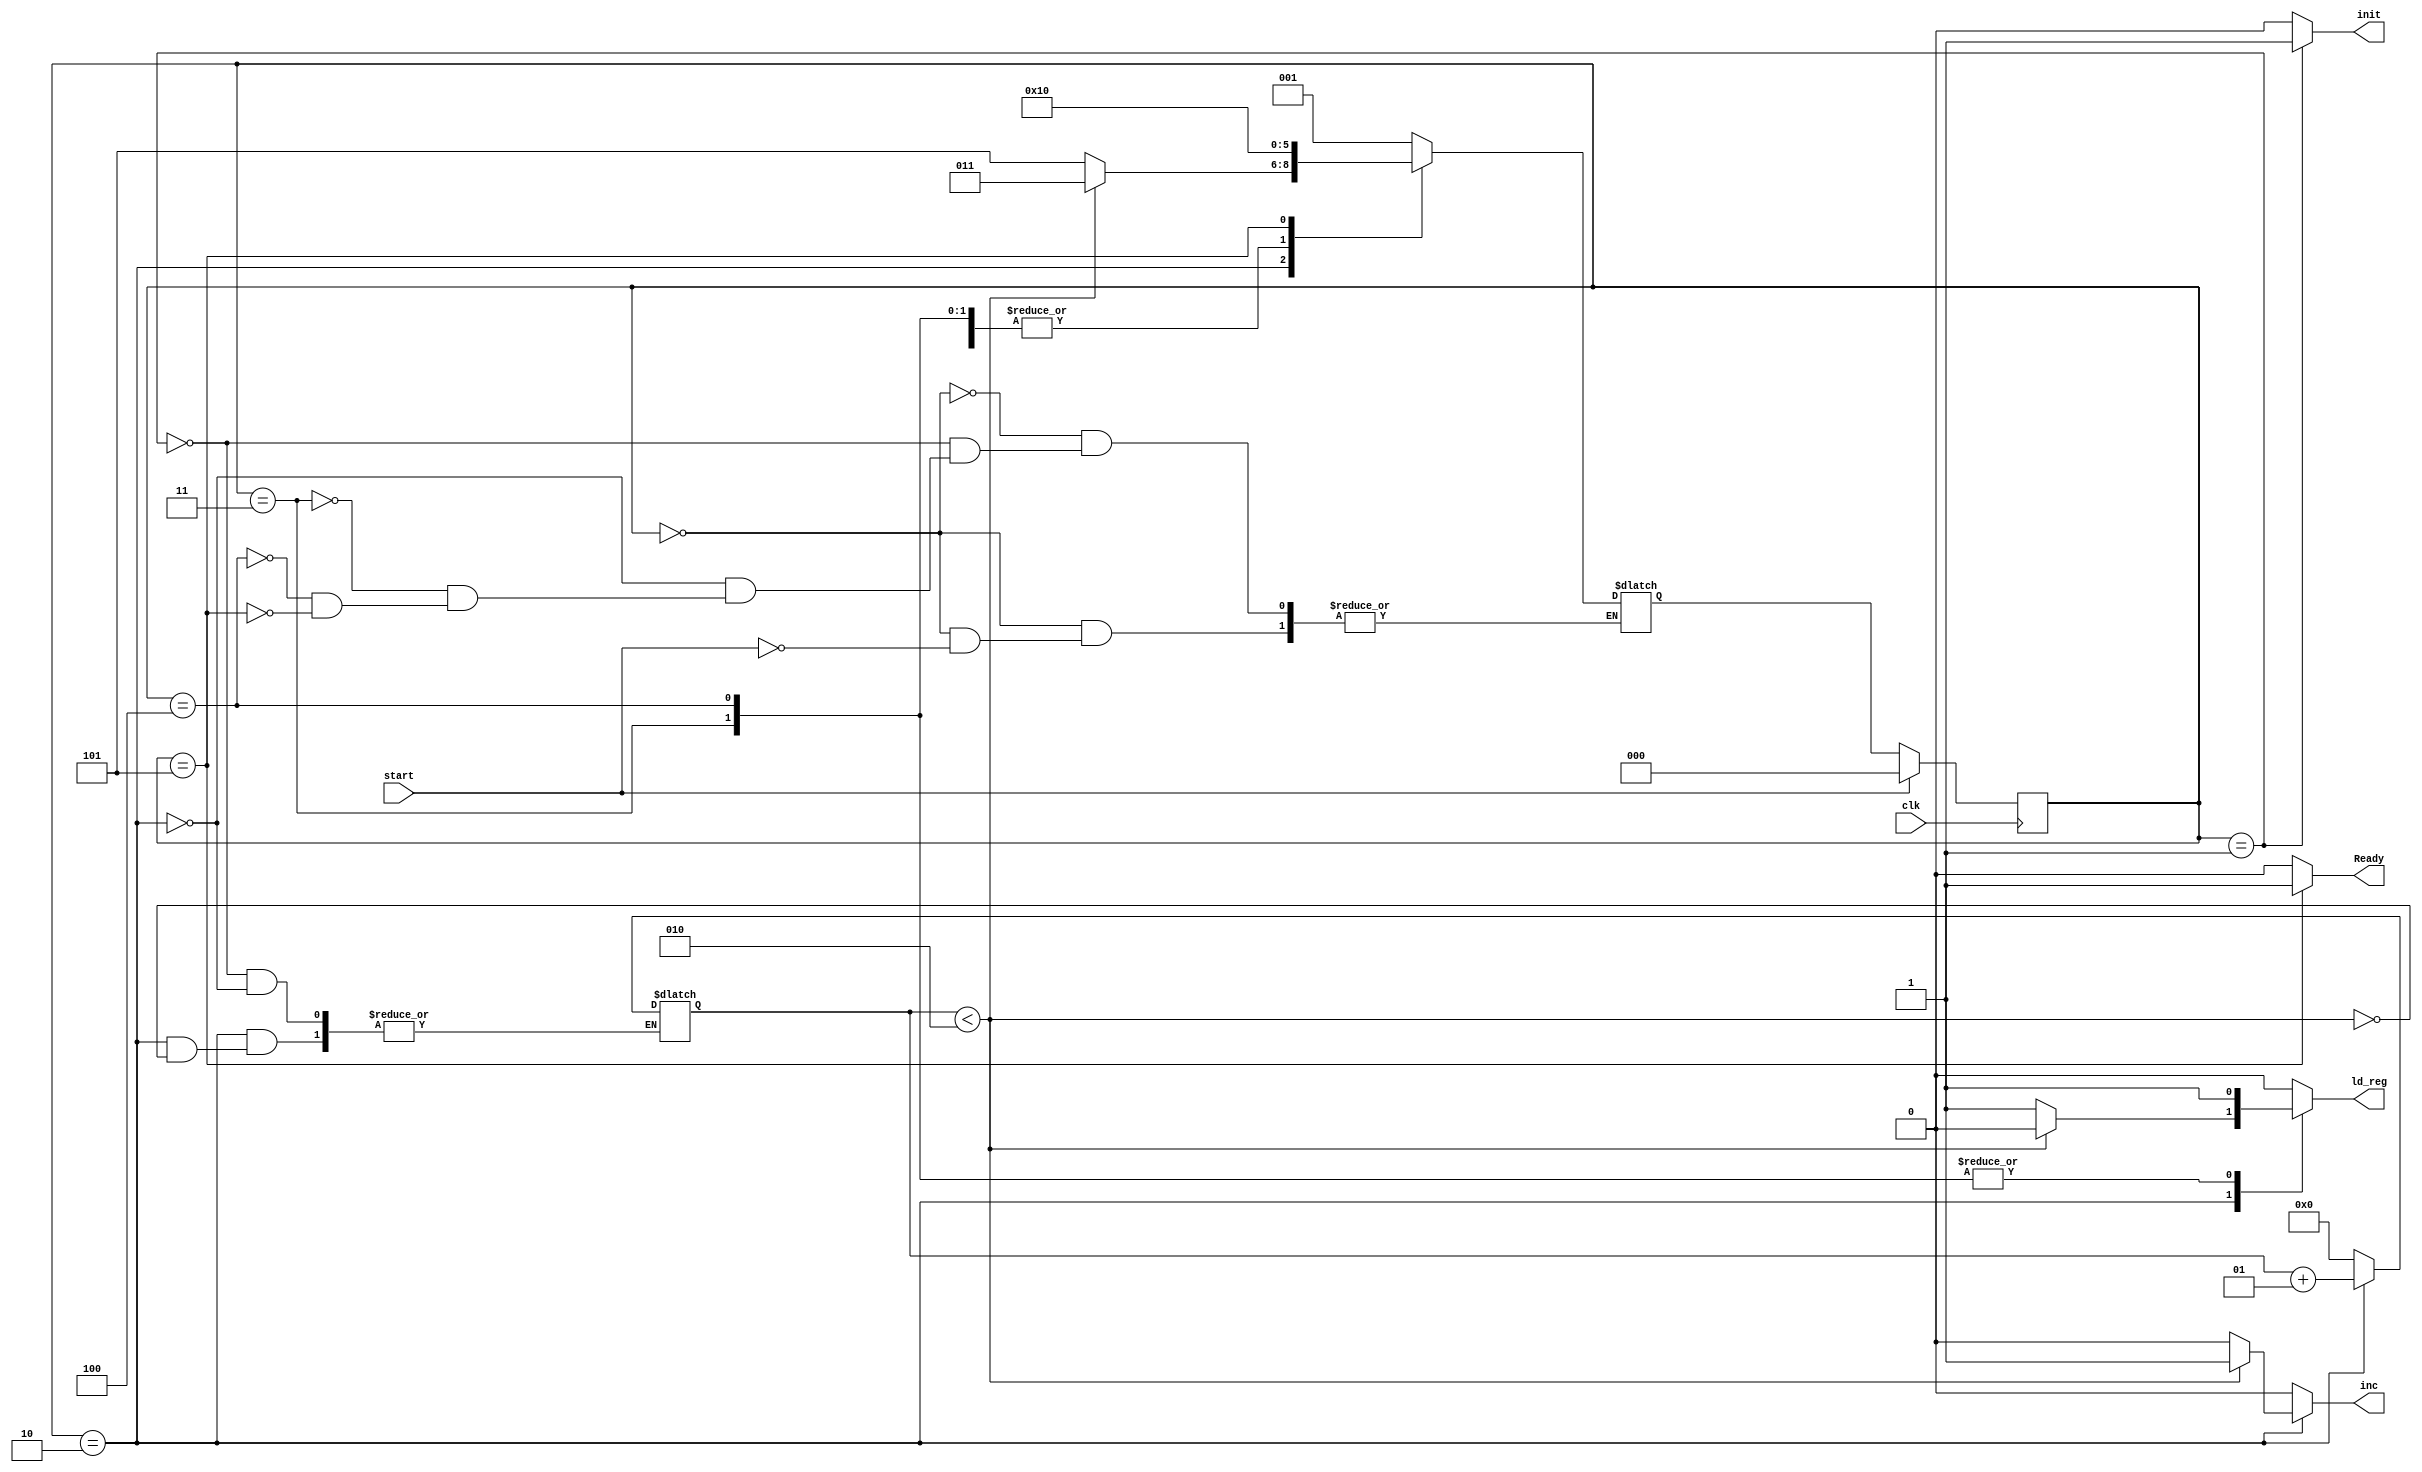
`timescale 1ns / 1ps
//////////////////////////////////////////////////////////////////////////////////
// Company: 
// Engineer: 
// 
// Design Name: 
// Module Name:    controller 
// Project Name: 
// Target Devices: 
// Tool versions: 
// Description: 
//
// Dependencies: 
//
// Revision: 
// Revision 0.01 - File Created
// Additional Comments: 
//
//////////////////////////////////////////////////////////////////////////////////
module controller#(parameter n =2)(
    input start,
    input clk,
    output reg Ready,
    output reg inc,
	 output reg init,
	 output reg ld_reg
    );
	 
	 parameter[2:0] idle = 3'b000, initialize = 3'b001, increment = 3'b010,Multiply = 3'b011 ,Loading = 3'b100, End = 3'b101;
	 reg[2:0] ps,ns;
	 reg change;
	 integer i =0;
	always@(posedge clk)begin
		if (start==1'b1)begin
			ps <= 3'b000;
			change <= 1'b0;
		end
		else begin
			change <= ~change;
			ps <= ns;
			end
	end
	
	always@(ps,change)begin
		{inc,Ready,init,ld_reg} = 4'b000;
		case(ps)
		idle: 
			if(start)	ns = initialize;
			
		initialize: begin
			i = 0;
			init = 1'b1;
			ns = increment;
		end
		
		increment: begin
			if(i < n)begin
				i = i+1;
				inc = 1'b1;
				ns = Multiply;
			end
			else begin
				ld_reg = 1'b1;
				ns = End;
			end
		end
		
		Multiply:begin
			ld_reg = 1'b1;
			if (n == 1)
				ns = Loading;
			else
				ns = increment;
		end
		
		Loading:begin
			ld_reg = 1'b1;
			ns = increment;
		end
		
		End: begin
			Ready = 1'b1;
			ns = idle;
		end
		
		endcase
	end
endmodule